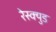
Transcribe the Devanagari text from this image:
रेस्क्युड